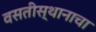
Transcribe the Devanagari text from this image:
वसतीस्थानाचा